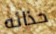
حذائه